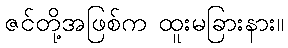
ဇင်တို့အဖြစ်က ထူးမခြားနား။